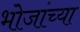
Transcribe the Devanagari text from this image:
भोजांच्या